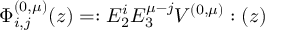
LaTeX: \Phi _ { i , j } ^ { ( 0 , \mu ) } ( z ) = : E _ { 2 } ^ { i } E _ { 3 } ^ { \mu - j } V ^ { ( 0 , \mu ) } : ( z )